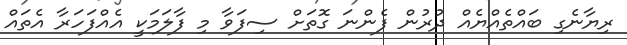
ރިޔާނެގި ބައްތެއްޔެއް ދުރުން ފެންނަ ގޮތަށް ސިފަވާ މި ފާލަމަކީ އެއްފަހަރާ އެތައް